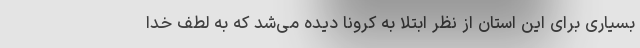
بسیاری برای این استان از نظر ابتلا به کرونا دیده می‌شد که به لطف خدا